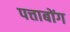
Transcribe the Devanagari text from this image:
पत्ताबोंग